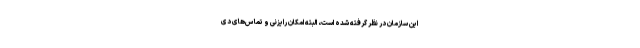
این سازمان در نظر گرفته شده است، البته امکان رایزنی و تماس‌های دی